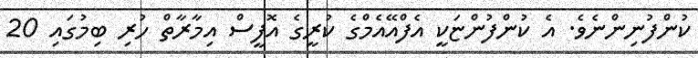
ކުންފުނިންނެވެ. އެ ކުންފުންޏަކީ އެފްއޭއެމްގެ ކުރީގެ އޮފީސް އިމާރާތް ހުރި ބިމުގައި 20